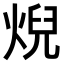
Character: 𤊓